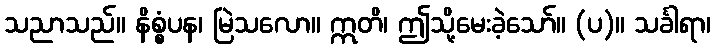
သညာသည်။ နိစ္စံပန၊ မြဲသလော။ ဣတိ၊ ဤသို့မေးခဲ့သော်။ (ပ)။ သင်္ခါရာ၊